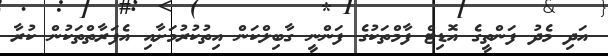
އަދި މެދު ފަންތީގެ އޮޑިޓް ފާމްތަކުގެ ފަންނީ ގާބިލްކަން އިތުކުރުމަށާއި އެފަރާތްތަކުން ކުރާ